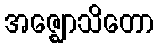
အဇ္ဈောသိတော